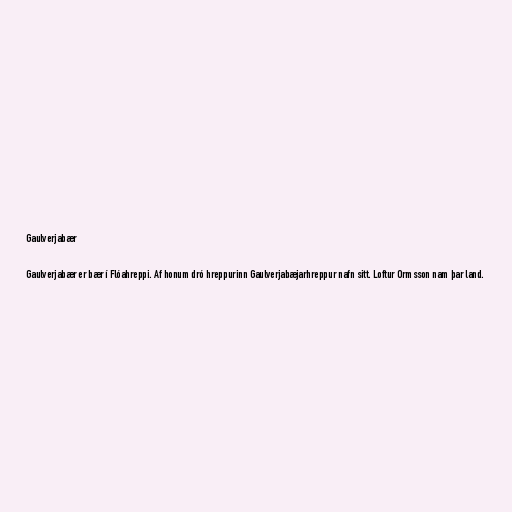
Gaulverjabær

Gaulverjabær er bær í Flóahreppi. Af honum dró hreppurinn Gaulverjabæjarhreppur nafn sitt. Loftur Ormsson nam þar land.